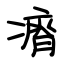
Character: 瘠